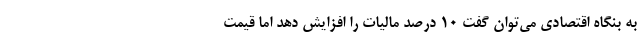
به بنگاه اقتصادی می‌توان گفت ۱۰ درصد مالیات را افزایش دهد اما قیمت